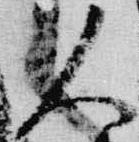
人